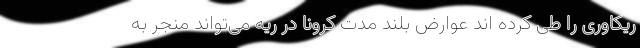
ریکاوری را طی کرده اند عوارض بلند مدت کرونا در ریه می‌تواند منجر به